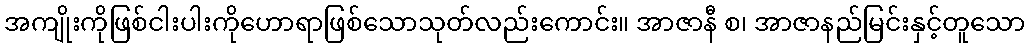
အကျိုးကိုဖြစ်ငါးပါးကိုဟောရာဖြစ်သောသုတ်လည်းကောင်း။ အာဇာနီ စ၊ အာဇာနည်မြင်းနှင့်တူသော